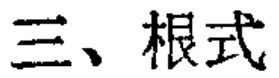
三、根式